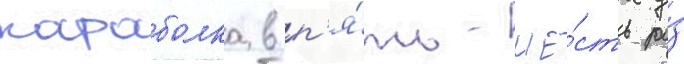
караболка в п'я́ть-ше́сть ра́з